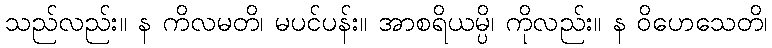
သည်လည်း။ န ကိလမတိ၊ မပင်ပန်း။ အာစရိယမ္ပိ၊ ကိုလည်း။ န ဝိဟေသေတိ၊